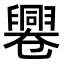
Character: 𠨩